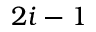
2 i - 1